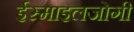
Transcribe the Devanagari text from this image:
ईस्माइलजोगी